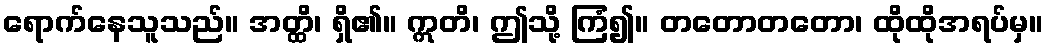
ရောက်နေသူသည်။ အတ္ထိ၊ ရှိ၏။ ဣတိ၊ ဤသို့ ကြံ၍။ တတောတတော၊ ထိုထိုအရပ်မှ။